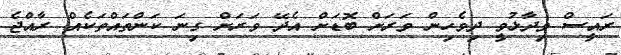
ރައީސް ވިދާޅުވީ ދިވެހިން ވަރަށް ބޮޑަށް އެދޭ ވަރަށް ގިނަ ކަންތައްތަކެއް ރާއްޖެ